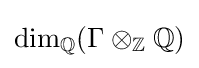
\mathrm {dim} _{\mathbb {Q} }(\Gamma \otimes _{\mathbb {Z} }\mathbb {Q} )